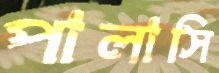
পালাসি